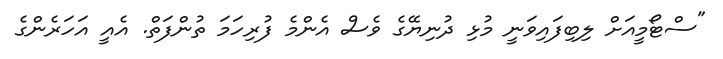
"ސްޓޯމީއަށް ލިބިފައިވަނީ މުޅި ދުނިޔޭގެ ވެސް އެންމެ ފުރިހަމަ ތުންފަތް. އެއީ އަހަރެންގެ